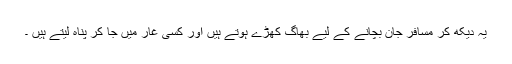
یہ دیکھ کر مسافر جان بچانے کے لیے بھاگ کھڑے ہوتے ہیں اور کسی غار میں جا کر پناہ لیتے ہیں ۔